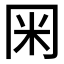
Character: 𭁨